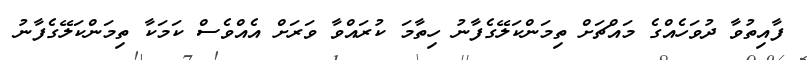
ފާއިތުވާ ދުވަހެއްގެ މައްޗަށް ތިމަންކަލޭގެފާނު ހިތާމަ ކުރައްވާ ވަރަށް އެއްވެސް ކަމަކާ ތިމަންކަލޭގެފާނު